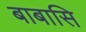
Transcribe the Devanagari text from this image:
बाबासि